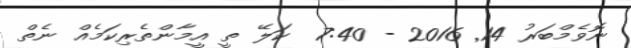
ނޮވެމްބަރު 14